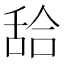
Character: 𦧛